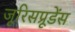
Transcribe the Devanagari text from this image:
जूरिसप्रूडेंस